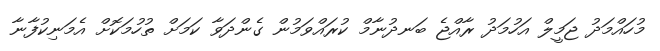
މުހައްމަދު ޖަމީލް އަހުމަދު ރާއްޖެ ބަނދުނާމް ކުރައްވަމުން ގެންދަވާ ކަމަށް ތުހުމަކޮށް އެމަނިކުފާނާ